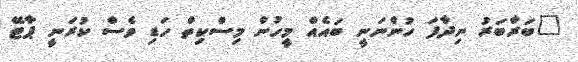
"ބަރާބަރު ނިދާފަ ހުންނަނީ ބައެއް މީހުން މިސްކިތް ހަޑި ވެސް ކުރަނީ ޕާޓޭ